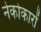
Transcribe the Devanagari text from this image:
नेकोकारों